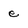
Character: e